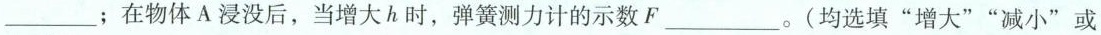
___；在物体A浸没后，当增大h时，弹簧测力计的示数F___。(均选填”增大””减小”或